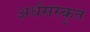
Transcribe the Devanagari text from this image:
अर्धसंस्कृत